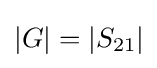
\left|G\right|=\left|S_{21}\right|